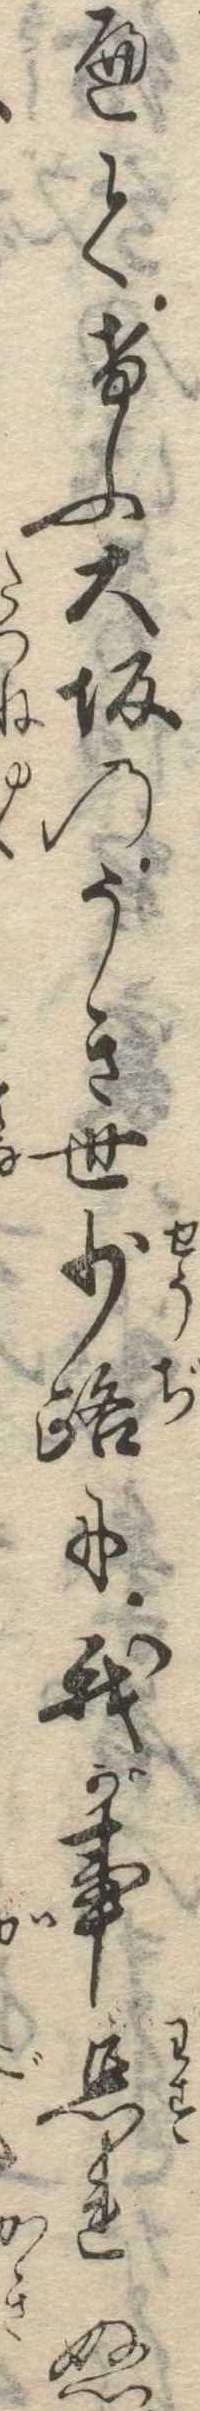
へてけふ大坂のうき世少路に我が事忘れぬ